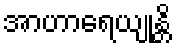
အာဟာရေယျုန္တိ